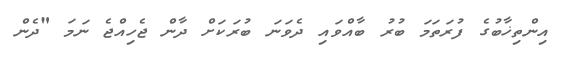
އިންތިޚާބުގެ ފުރަތަމަ ބުރު ބާއްވައި ދެވަނަ ބުރަކަށް ދާން ޖެހިއްޖެ ނަމަ "ދެން